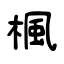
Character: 楓